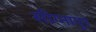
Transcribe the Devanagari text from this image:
सीग्नापुर